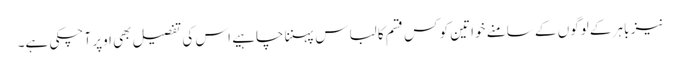
نیز باہر کے لوگوں کے سامنے خواتین کو کس قسم کا لباس پہننا چاہیے اس کی تفصیل بھی اوپر آ چکی ہے۔